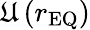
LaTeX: \mathfrak{U}\left(r_{\textnormal{EQ}}\right)